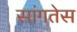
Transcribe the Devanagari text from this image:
सांगतेस